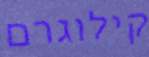
קילוגרם